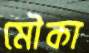
মৌকা